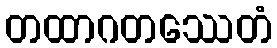
တထာဂတဿေတံ